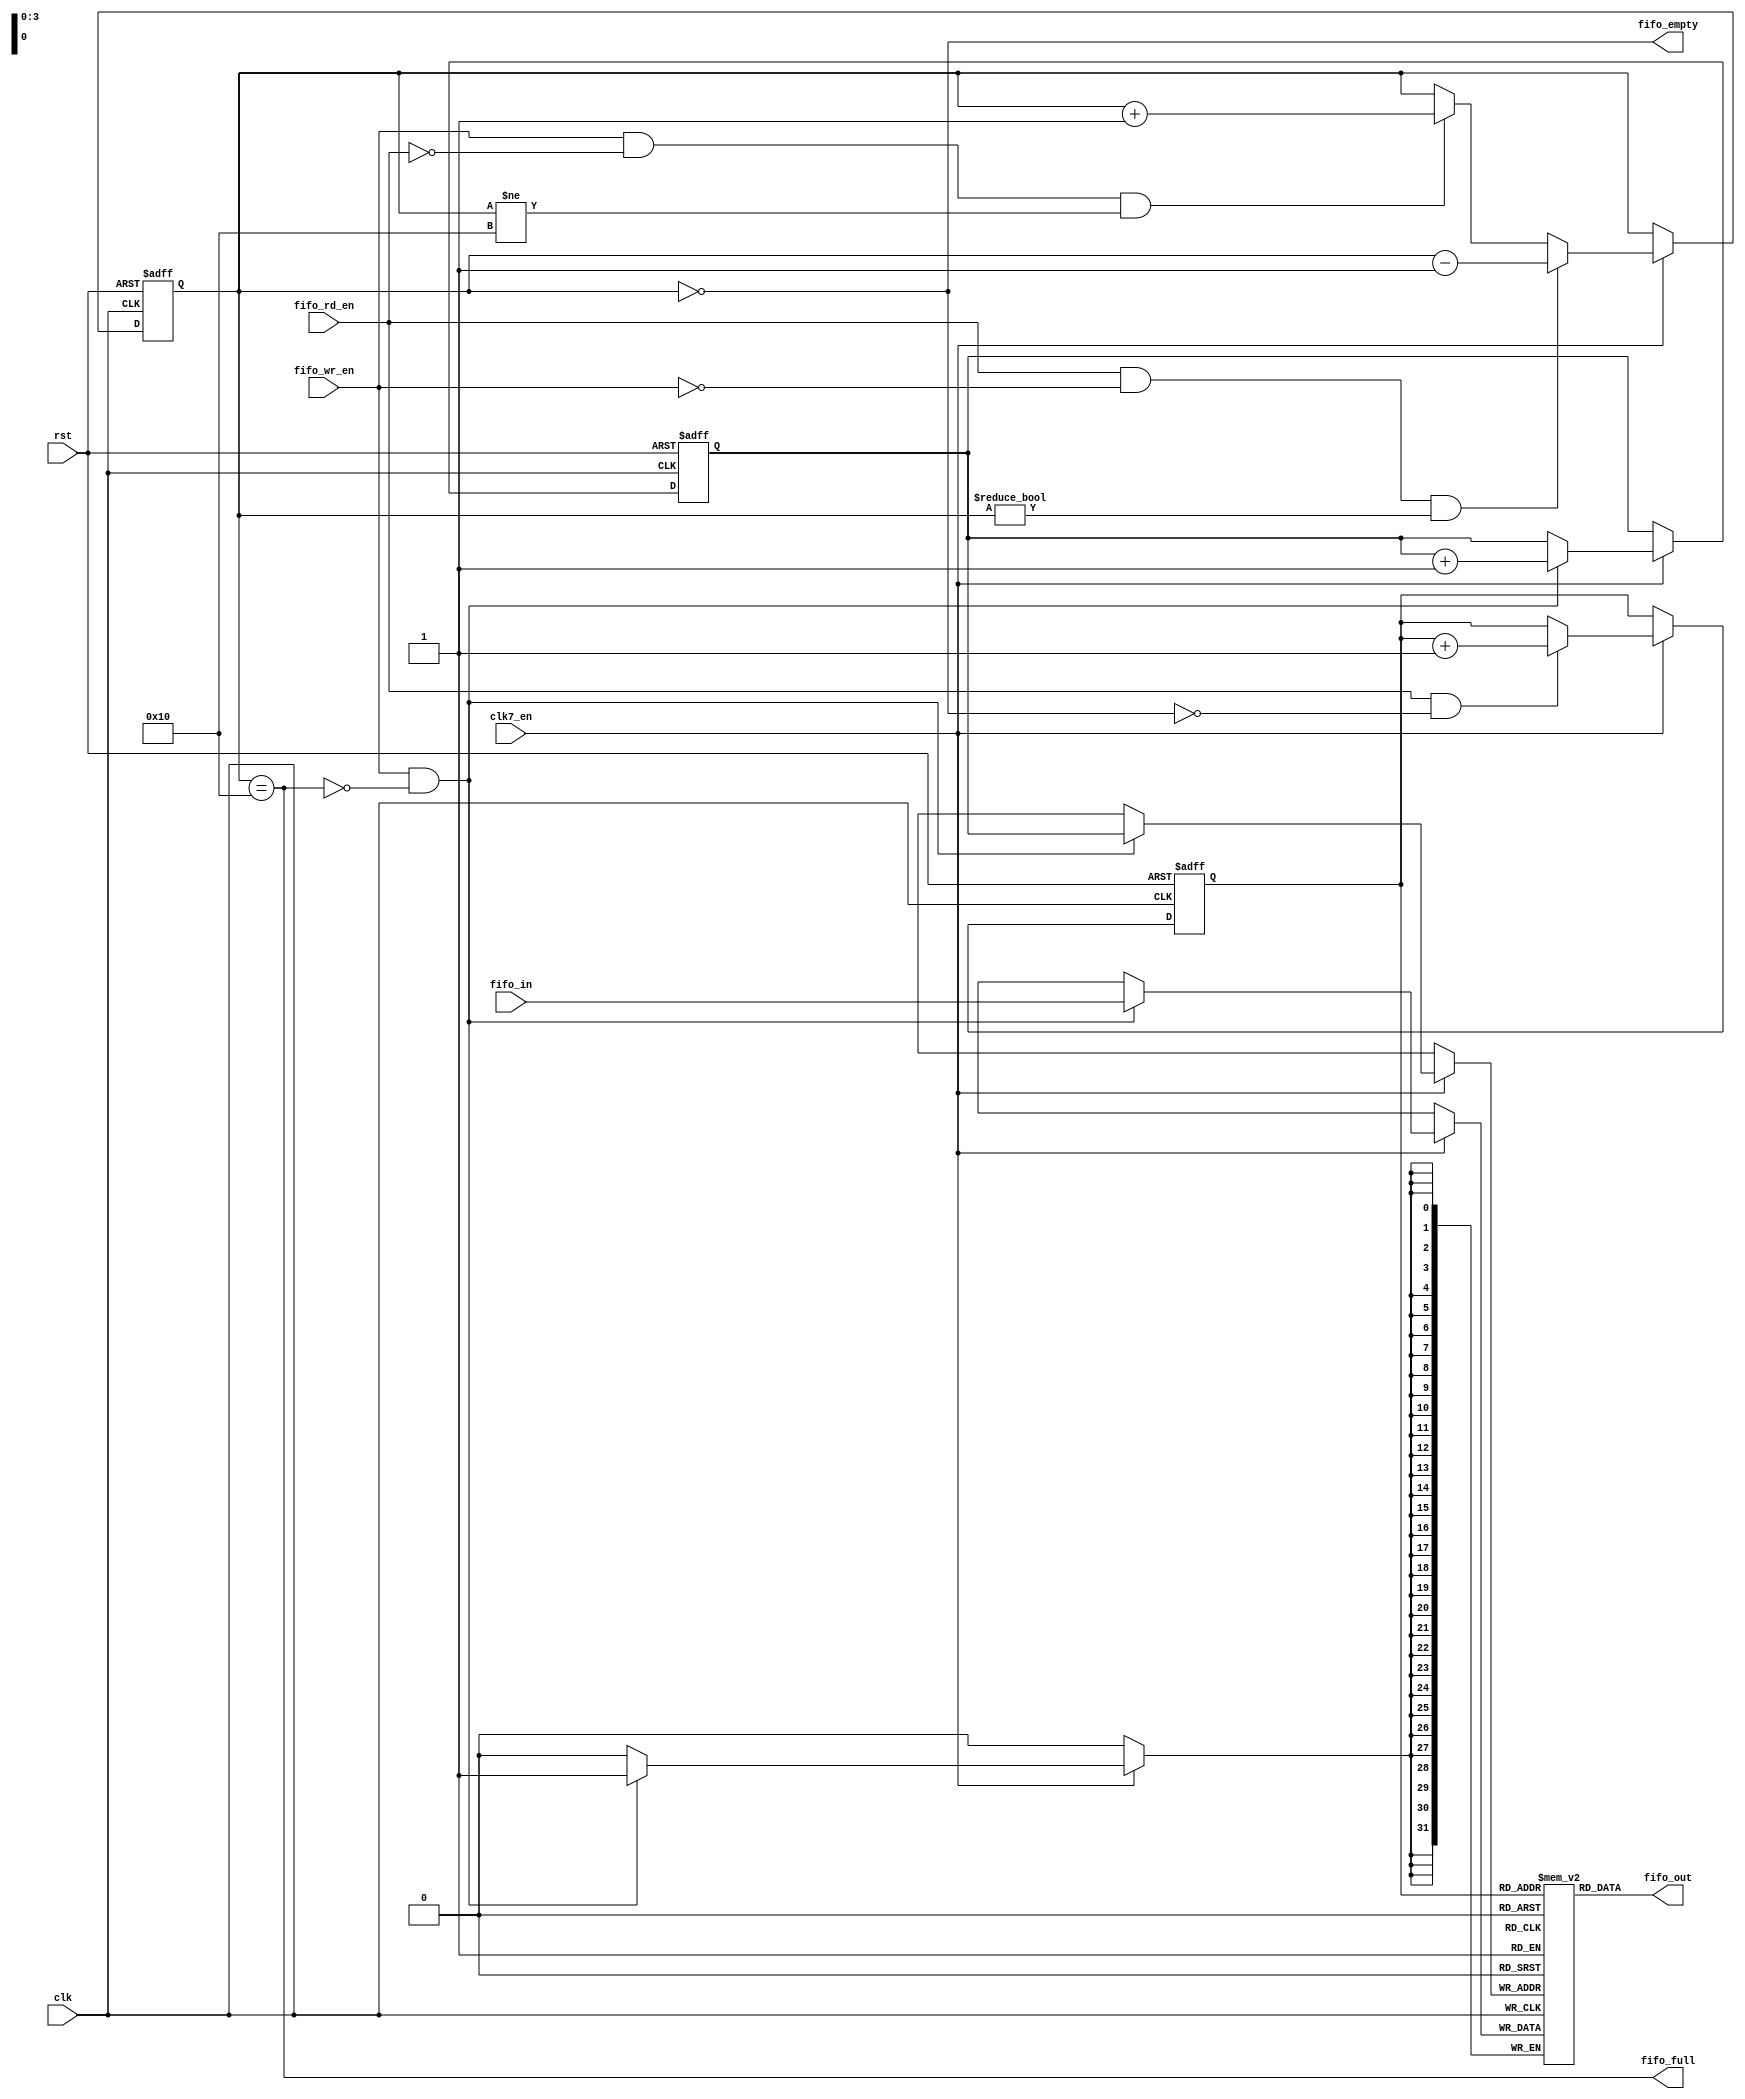
/********************************************/
/* sync_fifo.v                              */
/* simple single-clock fifo                 */
/*                                          */
/* 2011, rok.krajnc@gmail.com               */
/********************************************/


module sync_fifo #(
  parameter FD    = 16,               // fifo depth
  parameter DW    = 32                // data width
)(
  // system
  input  wire           clk,          // clock
  input  wire           clk7_en,      // 7MHz clock enable
  input  wire           rst,          // reset
  // fifo input / output
  input  wire [ DW-1:0] fifo_in,      // write data
  output wire [ DW-1:0] fifo_out,     // read data
  // fifo control
  input  wire           fifo_wr_en,   // fifo write enable
  input  wire           fifo_rd_en,   // fifo read enable
  // fifo status
  output wire           fifo_full,    // fifo full
  output wire           fifo_empty    // fifo empty
);



////////////////////////////////////////
// log function                       //
////////////////////////////////////////

function integer CLogB2;
  input [31:0] d;
  integer i;
begin
  i = d;
  for(CLogB2 = 0; i > 0; CLogB2 = CLogB2 + 1) i = i >> 1;
end
endfunction



////////////////////////////////////////
// local parameters                   //
////////////////////////////////////////

localparam FCW = CLogB2(FD-1) + 1;
localparam FPW = CLogB2(FD-1);



////////////////////////////////////////
// local signals                      //
////////////////////////////////////////

// fifo counter
reg  [FCW-1:0] fifo_cnt;

// fifo write & read pointers
reg  [FPW-1:0] fifo_wp, fifo_rp;

// fifo memory
reg  [ DW-1:0] fifo_mem [0:FD-1];



////////////////////////////////////////
// logic                              //
////////////////////////////////////////

// FIFO write pointer
always @ (posedge clk or posedge rst) begin
  if (rst)
    fifo_wp <= #1 1'b0;
  else if (clk7_en) begin
    if (fifo_wr_en && !fifo_full)
      fifo_wp <= #1 fifo_wp + 1'b1;
  end
end


// FIFO write
always @ (posedge clk) begin
  if (clk7_en) begin
    if (fifo_wr_en && !fifo_full) fifo_mem[fifo_wp] <= #1 fifo_in;
  end
end


// FIFO counter
always @ (posedge clk or posedge rst) begin
  if (rst)
    fifo_cnt <= #1 'd0;
  // read & no write
  else if (clk7_en) begin
    if (fifo_rd_en && !fifo_wr_en && (fifo_cnt != 'd0))
      fifo_cnt <= #1 fifo_cnt - 'd1;
    // write & no read
    else if (fifo_wr_en && !fifo_rd_en && (fifo_cnt != FD))
      fifo_cnt <= #1 fifo_cnt + 'd1;
  end
end


// FIFO full & empty
assign fifo_full  = (fifo_cnt == (FD));
assign fifo_empty = (fifo_cnt == 'd0);


// FIFO read pointer
always @ (posedge clk or posedge rst) begin
  if (rst)
    fifo_rp <= #1 1'b0;
  else if (clk7_en) begin
    if (fifo_rd_en && !fifo_empty)
      fifo_rp <= #1 fifo_rp + 1'b1;
  end
end


// FIFO read
assign fifo_out = fifo_mem[fifo_rp];


endmodule